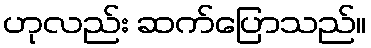
ဟုလည်း ဆက်ပြောသည်။